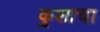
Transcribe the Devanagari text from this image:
कुशाचा